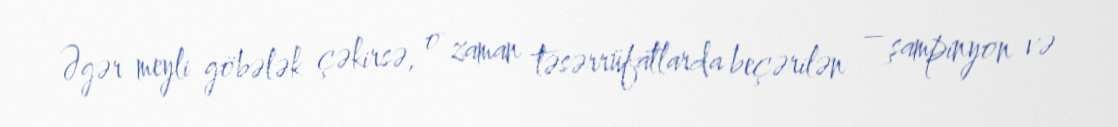
Əgər meyli göbələk çəkirsə, o zaman təsərrüfatlarda beçərilən – şampinyon və